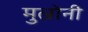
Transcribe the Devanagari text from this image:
मुल्रोनी